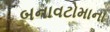
બનાવટોમાના